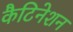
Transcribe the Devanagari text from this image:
कैटिनेशन